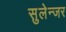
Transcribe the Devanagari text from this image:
सुलेन्जर